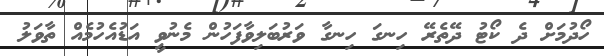
ހޯދުމަށް ދެ ކޯޓު ދޭތެރޭ ހިނގަ ހިނގާ ވަރުބަލިވާފަހުން މެނުވީ އަޑުއެހުމެއް ތާވަލު